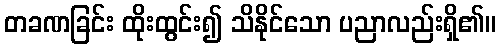
တခဏခြင်း ထိုးထွင်း၍ သိနိုင်သော ပညာလည်းရှိ၏။